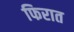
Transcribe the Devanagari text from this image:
फिरात